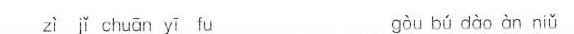
zì ǐ chuān yī fu gòu bú dào àn niǔ